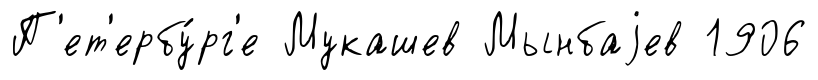
П'ет'ербу́рг'е Мукашев Мынбаjев 1906